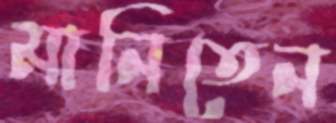
মানিতেন